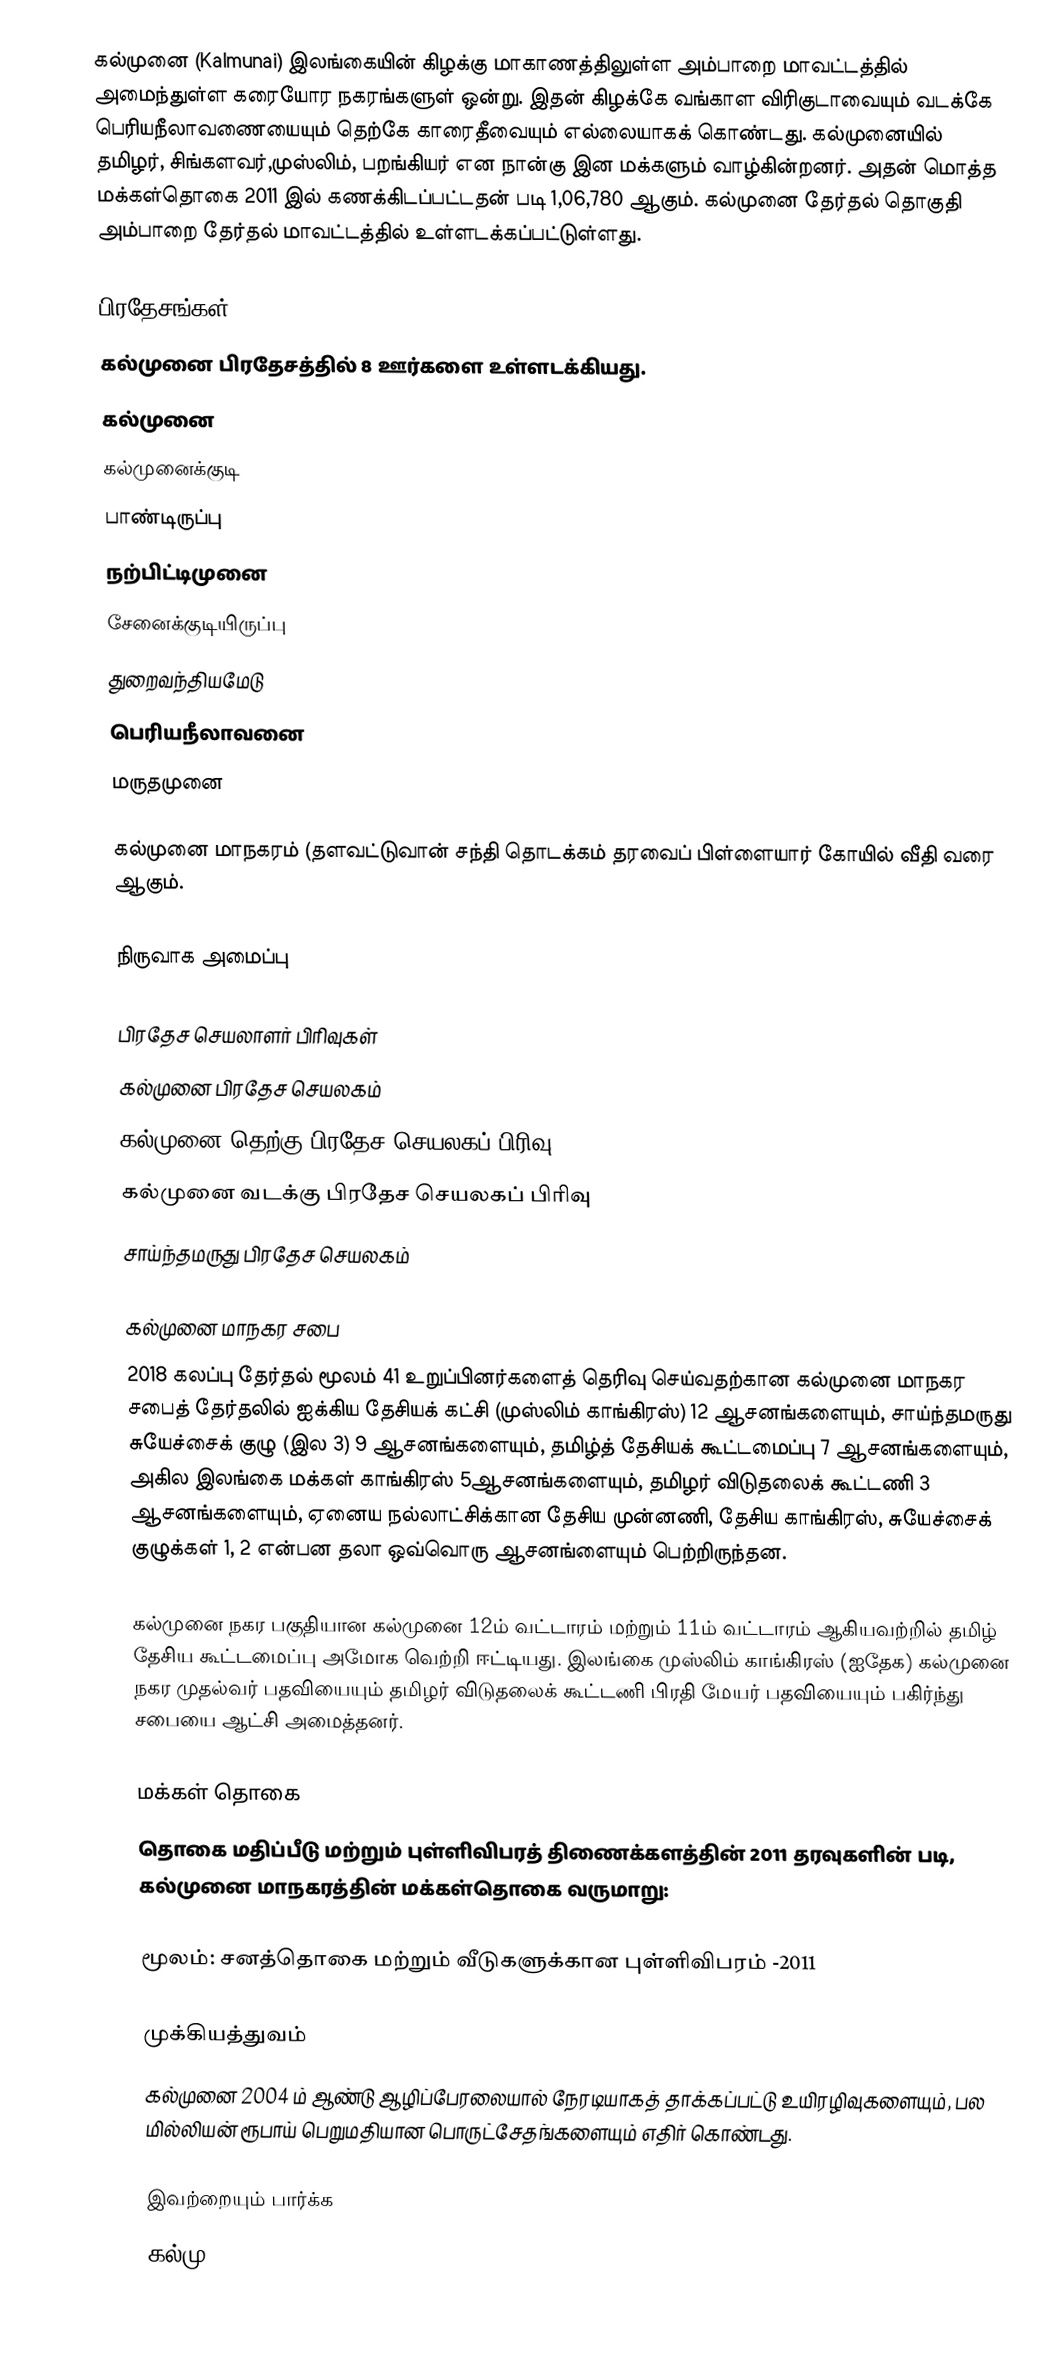
கல்முனை (Kalmunai) இலங்கையின் கிழக்கு மாகாணத்திலுள்ள அம்பாறை மாவட்டத்தில் அமைந்துள்ள கரையோர நகரங்களுள் ஒன்று. இதன் கிழக்கே வங்காள விரிகுடாவையும்  வடக்கே பெரியநீலாவணையையும் தெற்கே காரைதீவையும் எல்லையாகக் கொண்டது. கல்முனையில் தமிழர், சிங்களவர்,முஸ்லிம், பறங்கியர் என நான்கு இன மக்களும் வாழ்கின்றனர். அதன் மொத்த மக்கள்தொகை 2011 இல் கணக்கிடப்பட்டதன் படி 1,06,780 ஆகும். கல்முனை தேர்தல் தொகுதி அம்பாறை தேர்தல் மாவட்டத்தில் உள்ளடக்கப்பட்டுள்ளது.

பிரதேசங்கள்
கல்முனை பிரதேசத்தில் 8 ஊர்களை உள்ளடக்கியது.
கல்முனை
கல்முனைக்குடி
பாண்டிருப்பு
நற்பிட்டிமுனை
சேனைக்குடியிருப்பு
துறைவந்தியமேடு
பெரியநீலாவனை
மருதமுனை

கல்முனை மாநகரம் (தளவட்டுவான் சந்தி தொடக்கம் தரவைப் பிள்ளையார் கோயில் வீதி வரை ஆகும்.

நிருவாக அமைப்பு

பிரதேச செயலாளர் பிரிவுகள்
கல்முனை பிரதேச செயலகம்
கல்முனை தெற்கு பிரதேச செயலகப் பிரிவு
கல்முனை வடக்கு பிரதேச செயலகப் பிரிவு
சாய்ந்தமருது பிரதேச செயலகம்

கல்முனை மாநகர சபை
2018 கலப்பு தேர்தல் மூலம் 41 உறுப்பினர்களைத் தெரிவு செய்வதற்கான கல்முனை மாநகர சபைத் தேர்தலில் ஐக்கிய தேசியக் கட்சி (முஸ்லிம் காங்கிரஸ்) 12 ஆசனங்களையும், சாய்ந்தமருது சுயேச்சைக் குழு (இல 3) 9 ஆசனங்களையும், தமிழ்த் தேசியக் கூட்டமைப்பு 7 ஆசனங்களையும், அகில இலங்கை மக்கள் காங்கிரஸ் 5ஆசனங்களையும், தமிழர் விடுதலைக் கூட்டணி 3 ஆசனங்களையும், ஏனைய நல்லாட்சிக்கான தேசிய முன்னணி, தேசிய காங்கிரஸ், சுயேச்சைக் குழுக்கள் 1, 2 என்பன தலா ஒவ்வொரு ஆசனங்ளையும் பெற்றிருந்தன.

கல்முனை நகர பகுதியான கல்முனை 12ம் வட்டாரம் மற்றும் 11ம் வட்டாரம் ஆகியவற்றில்  தமிழ் தேசிய கூட்டமைப்பு அமோக வெற்றி ஈட்டியது. இலங்கை முஸ்லிம் காங்கிரஸ் (ஐதேக) கல்முனை நகர முதல்வர் பதவியையும் தமிழர் விடுதலைக் கூட்டணி பிரதி மேயர் பதவியையும் பகிர்ந்து சபையை ஆட்சி அமைத்தனர்.

மக்கள் தொகை
தொகை மதிப்பீடு மற்றும் புள்ளிவிபரத் திணைக்களத்தின் 2011 தரவுகளின் படி, கல்முனை மாநகரத்தின் மக்கள்தொகை வருமாறு:

மூலம்: சனத்தொகை மற்றும் வீடுகளுக்கான புள்ளிவிபரம் -2011

முக்கியத்துவம்
கல்முனை 2004 ம் ஆண்டு ஆழிப்பேரலையால் நேரடியாகத் தாக்கப்பட்டு உயிரழிவுகளையும், பல மில்லியன் ரூபாய் பெறுமதியான பொருட்சேதங்களையும் எதிர் கொண்டது.

இவற்றையும் பார்க்க
கல்மு